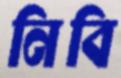
নিবি